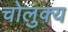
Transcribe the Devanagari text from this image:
चोलुक्य